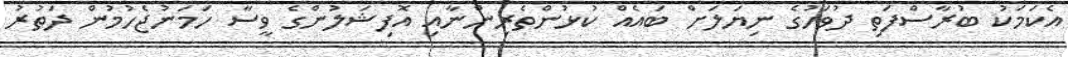
އެކަމަކު ބުރާސްފަތި ދުވަހުގެ ނިޔަލަށް ބައެއް ކުޅުންތެރިންނާއި އޮފިޝަލުންގެ ވީސާ ހަމަނުޖެހުމުން ދަތުރު